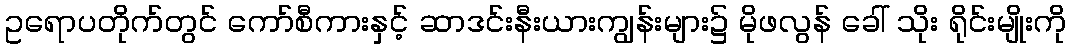
ဥရောပတိုက်တွင် ကော်စီကားနှင့် ဆာဒင်းနီးယားကျွန်းများ၌ မိုဖလွန် ခေါ် သိုး ရိုင်းမျိုးကို